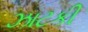
ઝાટકી